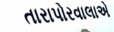
તારાપોરવાલાએ